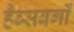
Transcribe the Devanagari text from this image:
हैब्सबर्गों